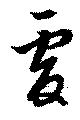
虔